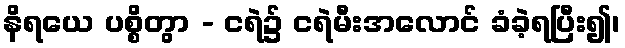
နိရယေ ပစ္စိတွာ - ငရဲ၌ ငရဲမီးအလောင် ခံခဲ့ရပြီး၍၊